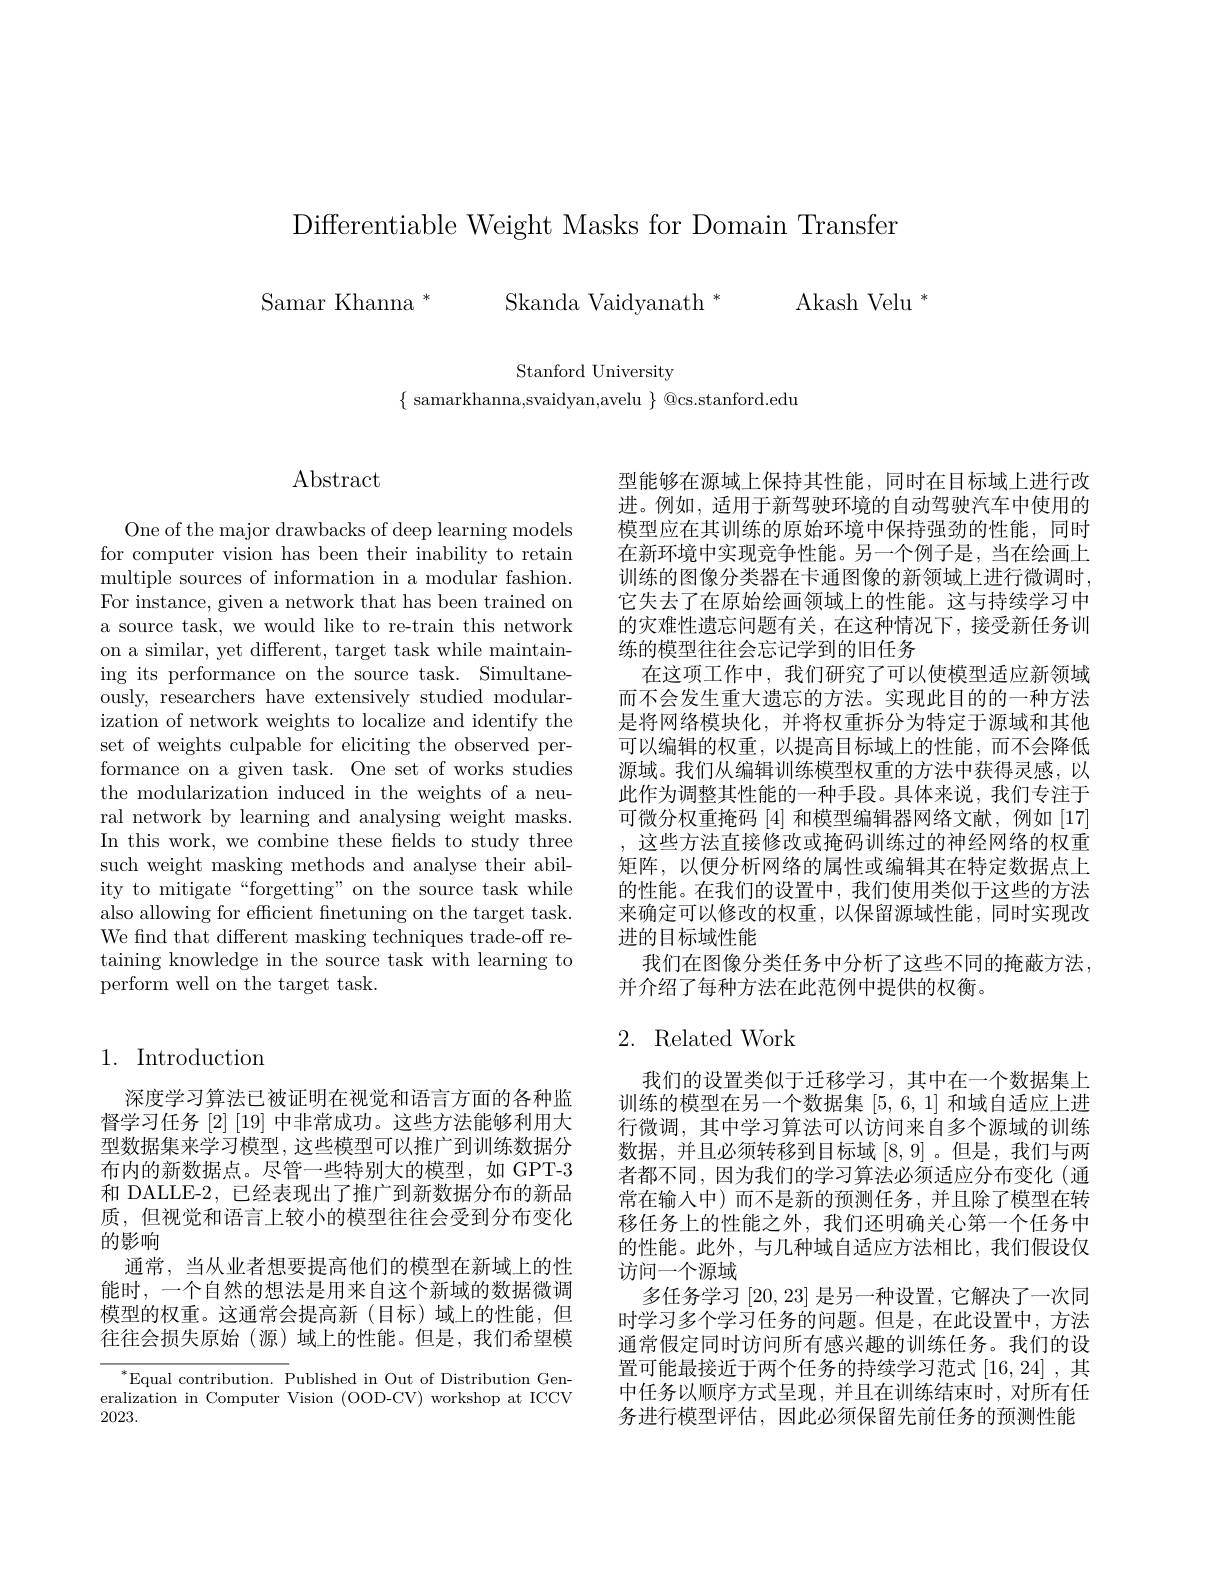
Differentiable Weight Masks for Domain Transfer

Samar Khanna * Skanda Vaidyanath * Akash Velu

Stanford University

$\{$ samarkhanna,svaidyan,avelu $\}$ @cs.stanford.edu

Abstract

One of the major drawbacks of deep learning models for computer vision has been their inability to retain multiple sources of information in a modular fashion. For instance, given a network that has been trained on a source task, we would like to re-train this network on a similar, yet different, target task while maintaining its performance on the source task. Simultaneously, researchers have extensively studied modularization of network weights to localize and identify the set of weights culpable for eliciting the observed performance on a given task. One set of works studies the modularization induced in the weights of a neural network by learning and analysing weight masks. In this work, we combine these felds to study three such weight masking methods and analyse their ability to mitigate“forgetting”on the source task while also allowing for efficient finetuning on the target task. We fnd that different masking techniques trade-off retaining knowledge in the source task with learning to perform well on the target task.

## 1. Introduction

深度学习算法已被证明在视觉和语言方面的各种监督学习任务$[2]\left[19\right]$中非常成功。这些方法能够利用大型数据集来学习模型，这些模型可以推广到训练数据分布内的新数据点。尽管一些特别大的模型，如 GPT-3和 DALLE-2, 已经表现出了推广到新数据分布的新品质，但视觉和语言上较小的模型往往会受到分布变化的影响
通常，当从业者想要提高他们的模型在新域上的性能时，一个自然的想法是用来自这个新域的数据微调模型的权重。这通常会提高新(目标)域上的性能，但往往会损失原始(源)域上的性能。但是，我们希望模

$^{*}$Equal contribution. Published in Out of Distribution Generalization in Computer Vision (OOD-CV) workshop at ICCV 2023.

型能够在源域上保持其性能，同时在目标域上进行改进。例如，适用于新驾驶环境的自动驾驶汽车中使用的模型应在其训练的原始环境中保持强劲的性能，同时在新环境中实现竞争性能。另一个例子是，当在绘画上训练的图像分类器在卡通图像的新领域上进行微调时， 它失去了在原始绘画领域上的性能。这与持续学习中的灾难性遗忘问题有关，在这种情况下，接受新任务训练的模型往往会忘记学到的旧任务
在这项工作中，我们研究了可以使模型适应新领域而不会发生重大遗忘的方法。实现此目的的一种方法是将网络模块化，并将权重拆分为特定于源域和其他可以编辑的权重，以提高目标域上的性能，而不会降低源域。我们从编辑训练模型权重的方法中获得灵感，以此作为调整其性能的一种手段。具体来说，我们专注于可微分权重掩码[4]和模型编辑器网络文献，例如 [17] 、这些方法直接修改或掩码训练讨的神经网络的权重矩阵，以便分析网络的属性或编辑其在特定数据点上的性能。在我们的设置中，我们使用类似于这些的方法来确定可以修改的权重，以保留源域性能，同时实现改进的目标域性能
我们在图像分类任务中分析了这些不同的掩蔽方法，
并介绍了每种方法在此范例中提供的权衡。

## 2. Related Work

我们的设置类似于迁移学习，其中在一个数据集上训练的模型在另一个数据集[5,6,1]和域自适应上进行微调，其中学习算法可以访问来自多个源域的训练数据，并且必须转移到目标域[8,9]。但是，我们与两者都不同，因为我们的学习算法必须适应分布变化(通常在输入中)而不是新的预测任务，并且除了模型在转移任务上的性能之外，我们还明确关心第一个任务中的性能。此外，与几种域自适应方法相比，我们假设仅访问一个源域
多任务学习[20,23]是另一种设置，它解决了一次同时学习多个学习任务的问题。但是，在此设置中，方法通常假定同时访问所有感兴趣的训练任务。我们的设置可能最接近于两个任务的持续学习范式[16,24] ,其中任务以顺序方式呈现，并且在训练结束时，对所有任务进行模型评估，因此必须保留先前任务的预测性能